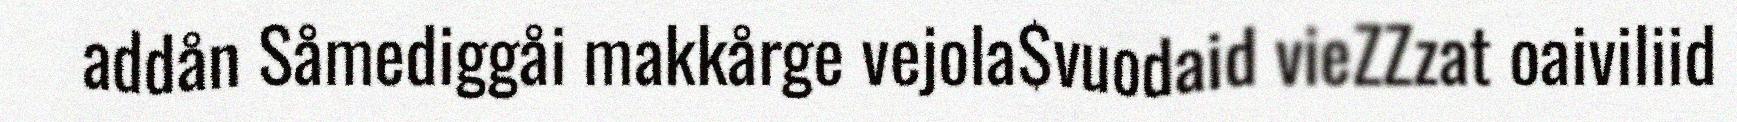
addån Såmediggåi makkårge vejola$vuodaid vieZZzat oaiviliid